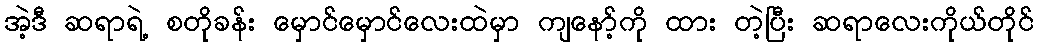
အဲ့ဒီ ဆရာရဲ့ စတိုခန်း မှောင်မှောင်လေးထဲမှာ ကျနော့်ကို ထား တဲ့ပြီး ဆရာလေးကိုယ်တိုင်